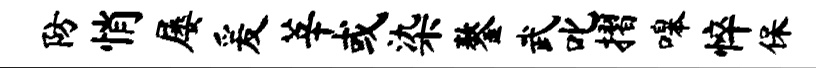
防悄屡爰莘或染鏊武叱摺嗥悴保